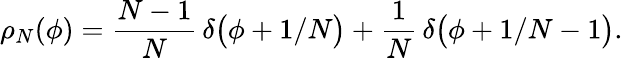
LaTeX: \rho_{N}(\phi)={\frac{N-1}{N}}\, \delta\bigl(\phi+1/N\bigr)+{\frac{1}{N}}\, \delta\bigl(\phi+1/N-1\bigr).